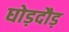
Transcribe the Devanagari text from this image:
घोड़दौड़